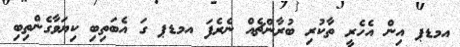
އމޑޕ އިން އެހެރީ ތާކުރި ބުރާންޗެއް ނެރެފަ އމޑޕ ގަ އެބަތިބި ކިޔަވާގެންތިބި